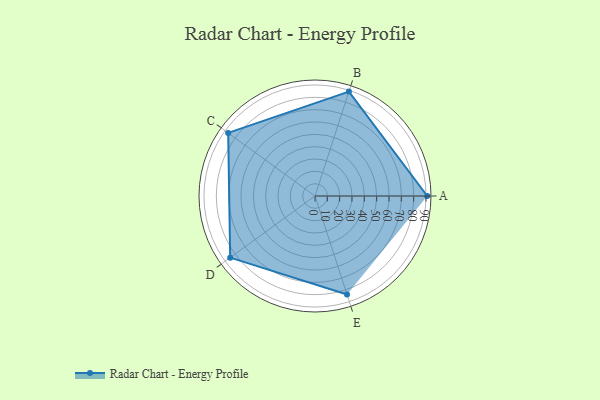
{"axis": {"x": "Skill", "y": "Score"}, "legend": ["Profile"], "data": [{"x": "A", "y": 91.0, "type": "Profile"}, {"x": "B", "y": 89.0, "type": "Profile"}, {"x": "C", "y": 87.0, "type": "Profile"}, {"x": "D", "y": 85.0, "type": "Profile"}, {"x": "E", "y": 84.0, "type": "Profile"}]}